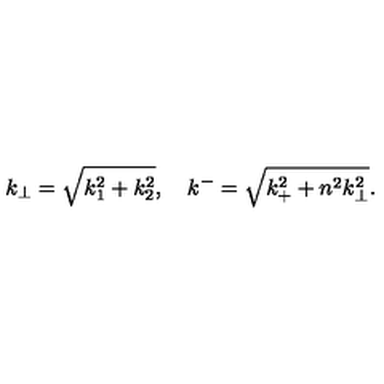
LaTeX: k _ { \bot } = \sqrt { k _ { 1 } ^ { 2 } + k _ { 2 } ^ { 2 } } , \quad k ^ { - } = \sqrt { k _ { + } ^ { 2 } + n ^ { 2 } k _ { \bot } ^ { 2 } } .